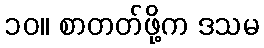
၁၀။ စာတတ်ဖို့က ဒသမ